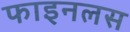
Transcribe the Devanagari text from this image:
फाइनलस